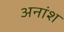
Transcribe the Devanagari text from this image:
अनांश